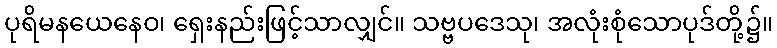
ပုရိမနယေနေဝ၊ ရှေးနည်းဖြင့်သာလျှင်။ သဗ္ဗပဒေသု၊ အလုံးစုံသောပုဒ်တို့၌။